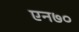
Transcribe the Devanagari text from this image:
एन७०